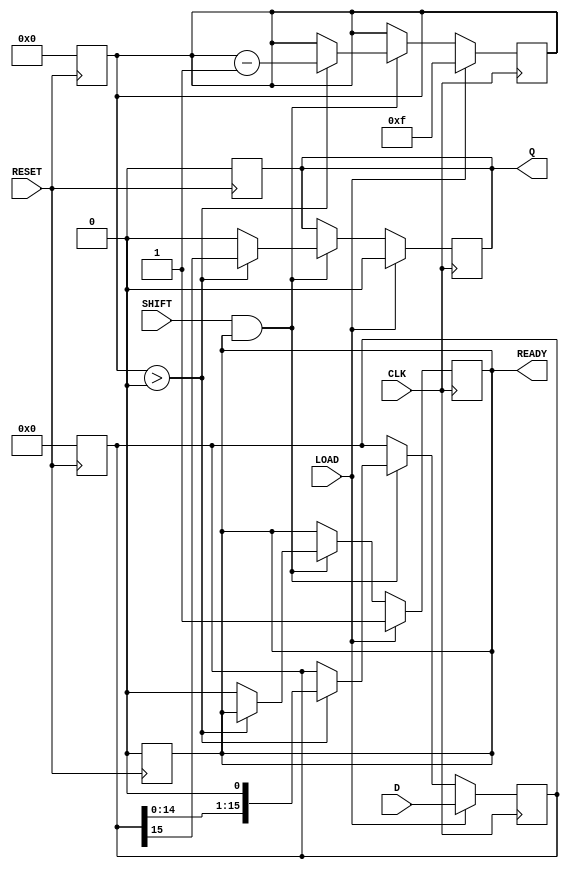
module PISO_Register (
    input wire [15:0] D,        // 16-bit parallel data input
    input wire LOAD,            // Load control signal
    input wire CLK,             // Clock signal
    input wire SHIFT,           // Shift control signal
    input wire RESET,           // Asynchronous reset signal
    output reg Q,               // Serial output
    output reg READY            // Data ready signal
);

    reg [15:0] REG;             // Internal 16-bit shift register
    reg [4:0] bit_count;        // Bit counter for shifting

    // Asynchronous reset
    always @(posedge RESET) begin
        REG <= 16'b0;           // Clear the register
        Q <= 1'b0;              // Clear the output
        READY <= 1'b0;          // Clear the ready signal
        bit_count <= 5'b0;      // Reset bit counter
    end

    // Main operation
    always @(posedge CLK) begin
        if (LOAD) begin
            REG <= D;           // Load data into the register
            Q <= 1'b0;          // Reset output
            READY <= 1'b1;      // Indicate that data is ready to shift
            bit_count <= 5'd15; // Set bit counter to 15 (for 16 bits)
        end else if (SHIFT && READY) begin
            if (bit_count > 0) begin
                Q <= REG[15];    // Output the MSB
                REG <= REG << 1; // Shift left
                bit_count <= bit_count - 1; // Decrement bit counter
            end else begin
                Q <= 1'b0;        // No more bits to shift
                READY <= 1'b0;    // Indicate that shifting is complete
            end
        end
    end

endmodule